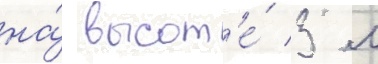
на́ высот'е́ 3 м